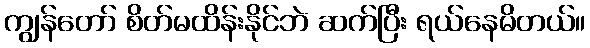
ကျွန်တော် စိတ်မထိန်းနိုင်ဘဲ ဆက်ပြီး ရယ်နေမိတယ်။